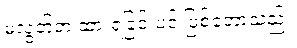
မလွတ်ဘဲ ထားရခြင်းပင် ဖြစ်တော့သည်။